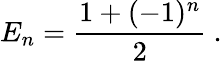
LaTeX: E_{n}=\frac{1+(-1)^{n}}{2}~.